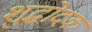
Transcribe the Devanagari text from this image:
शुद्धोदक